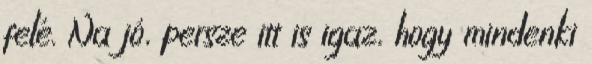
felé. Na jó, persze itt is igaz, hogy mindenki